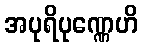
အပုရိပုဏ္ဏေဟိ